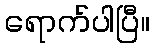
ရောက်ပါပြီ။